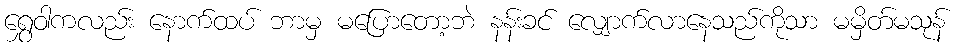
ရွှေဝါကလည်း နောက်ထပ် ဘာမှ မပြောတော့ဘဲ နန်းခင် လျှောက်လာနေသည်ကိုသာ မမှိတ်မသုန်